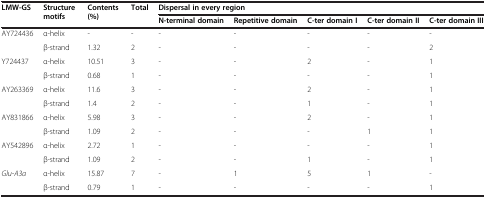
<table><thead><tr><td rowspan="2"><b>LMW-GS</b></td><td rowspan="2"><b>Structure motifs</b></td><td rowspan="2"><b>Contents (%)</b></td><td rowspan="2"><b>Total</b></td><td colspan="5"><b>Dispersal in every region</b></td></tr><tr><td><b>N-terminal domain</b></td><td><b>Repetitive domain</b></td><td><b>C-ter domain I</b></td><td><b>C-ter domain II</b></td><td><b>C-ter domain III</b></td></tr></thead><tbody><tr><td>AY724436</td><td>α-helix</td><td>-</td><td>-</td><td>-</td><td>-</td><td>-</td><td>-</td><td>-</td></tr><tr><td></td><td>β-strand</td><td>1.32</td><td>2</td><td>-</td><td>-</td><td>-</td><td>-</td><td>2</td></tr><tr><td>Y724437</td><td>α-helix</td><td>10.51</td><td>3</td><td>-</td><td>-</td><td>2</td><td>-</td><td>1</td></tr><tr><td></td><td>β-strand</td><td>0.68</td><td>1</td><td>-</td><td>-</td><td>-</td><td>-</td><td>1</td></tr><tr><td>AY263369</td><td>α-helix</td><td>11.6</td><td>3</td><td>-</td><td>-</td><td>2</td><td>-</td><td>1</td></tr><tr><td></td><td>β-strand</td><td>1.4</td><td>2</td><td>-</td><td>-</td><td>1</td><td>-</td><td>1</td></tr><tr><td>AY831866</td><td>α-helix</td><td>5.98</td><td>3</td><td>-</td><td>-</td><td>2</td><td>-</td><td>1</td></tr><tr><td></td><td>β-strand</td><td>1.09</td><td>2</td><td>-</td><td>-</td><td>-</td><td>1</td><td>1</td></tr><tr><td>AY542896</td><td>α-helix</td><td>2.72</td><td>1</td><td>-</td><td>-</td><td>-</td><td>-</td><td>1</td></tr><tr><td></td><td>β-strand</td><td>1.09</td><td>2</td><td>-</td><td>-</td><td>1</td><td>-</td><td>1</td></tr><tr><td><i>Glu-A3a</i></td><td>α-helix</td><td>15.87</td><td>7</td><td>-</td><td>1</td><td>5</td><td>1</td><td>-</td></tr><tr><td></td><td>β-strand</td><td>0.79</td><td>1</td><td>-</td><td>-</td><td>-</td><td>-</td><td>1</td></tr></tbody></table>